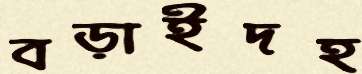
বড়াইদহ